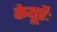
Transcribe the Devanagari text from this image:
केयूरैः